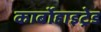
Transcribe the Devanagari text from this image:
कार्बोहाइट्रेड